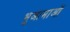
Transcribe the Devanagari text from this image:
भुआमाओं